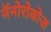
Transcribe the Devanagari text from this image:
नॅनोरोबोज